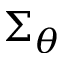
\Sigma _ { \theta }